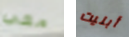
معي أبليت